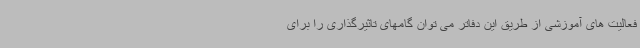
فعالیت های آموزشی از طریق این دفاتر می توان گامهای تاثیرگذاری را برای